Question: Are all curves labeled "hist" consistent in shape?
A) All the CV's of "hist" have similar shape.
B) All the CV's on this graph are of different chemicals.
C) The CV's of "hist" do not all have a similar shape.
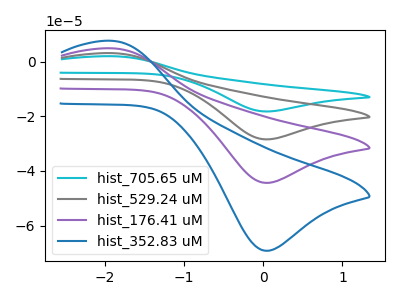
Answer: <think>The cyan curve "hist_705.65 uM" has an anodic peak at (-1.90V, 14.75uA) and a cathodic peak at (0.00V, -133.10uA). The gray curve "hist_529.24 uM" has an anodic peak at (-1.90V, 9.80uA) and a cathodic peak at (0.00V, -88.75uA). The purple curve "hist_176.41 uM" has an anodic peak at (-1.90V, 4.90uA) and a cathodic peak at (0.00V, -44.35uA). The blue curve "hist_352.83 uM" has an anodic peak at (-1.90V, 7.65uA) and a cathodic peak at (0.00V, -69.20uA).
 All the peaks in "hist_705.65 uM" have a peak in "hist_529.24 uM" at the same potential. Every peak in "hist_705.65 uM" is higher than every peak in "hist_529.24 uM". All the peaks in "hist_705.65 uM" have a peak in "hist_176.41 uM" at the same potential. Every peak in "hist_705.65 uM" is higher than every peak in "hist_176.41 uM". All the peaks in "hist_705.65 uM" have a peak in "hist_352.83 uM" at the same potential. Every peak in "hist_705.65 uM" is higher than every peak in "hist_352.83 uM". All the peaks in "hist_529.24 uM" have a peak in "hist_176.41 uM" at the same potential. Every peak in "hist_529.24 uM" is higher than every peak in "hist_176.41 uM". All the peaks in "hist_529.24 uM" have a peak in "hist_352.83 uM" at the same potential. Every peak in "hist_529.24 uM" is higher than every peak in "hist_352.83 uM". All the peaks in "hist_176.41 uM" have a peak in "hist_352.83 uM" at the same potential. Every peak in "hist_176.41 uM" is lower than every peak in "hist_352.83 uM".</think>
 <answer>A) All the CV's of "hist" have similar shape.</answer>
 <eval>A</eval>